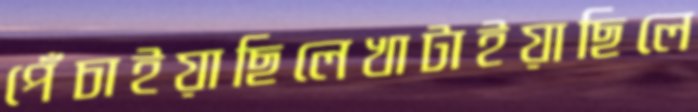
পেঁচাইয়াছিলেখাটাইয়াছিলে